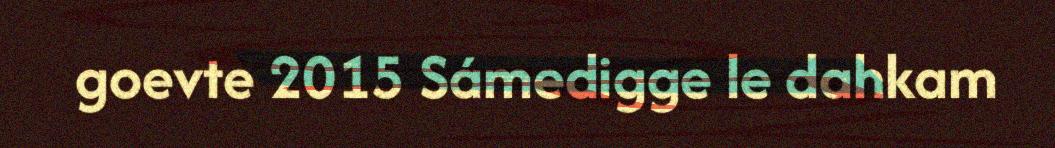
goevte 2015 Sámedigge le dahkam